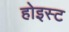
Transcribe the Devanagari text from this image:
होइस्ट